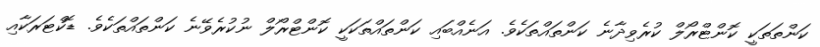
ކަންތަތަކީ ކޮންޓްރޯލް ކުރެވިދާނެ ކަންތައްތަކެވެ. އަނެއްބައި ކަންތައްތަކަކީ ކޮންޓްރޯލް ނުކުރެވޭނެ ކަންތައްތަކެވެ. ޑޮކްޓަރަކާއި